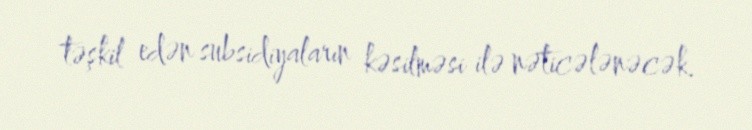
təşkil edən subsidiyaların kəsilməsi ilə nəticələnəcək.